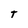
Character: T